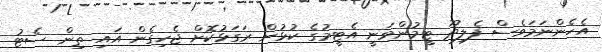
އެހެންނަމަވެސް ފެލިދޫ ޓީމުންވަނީ އެޓީމުގެ ކުޅުން ރަގަޅުކޮށް ޖެހިގެން އައި ތިން ސެޓު